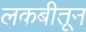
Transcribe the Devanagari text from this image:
लकबीतून